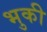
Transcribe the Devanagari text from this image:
भुकी